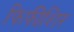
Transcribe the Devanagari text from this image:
फिफीशिर